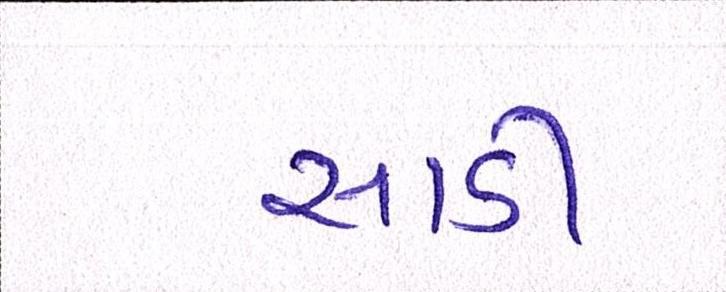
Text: સાડી